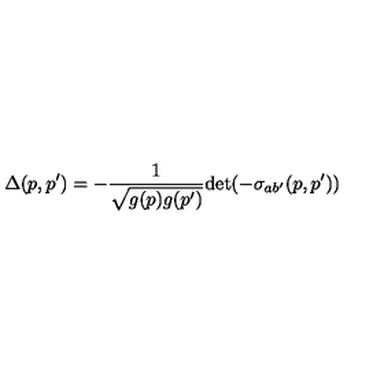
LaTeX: \Delta ( p , p ^ { \prime } ) = - \frac { 1 } { \sqrt { g ( p ) g ( p ^ { \prime } ) } } \mathrm { d e t } ( - \sigma _ { a b ^ { \prime } } ( p , p ^ { \prime } ) )